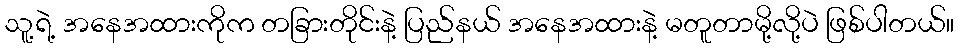
သူ့ရဲ့ အနေအထားကိုက တခြားတိုင်းနဲ့ ပြည်နယ် အနေအထားနဲ့ မတူတာမို့လို့ပဲ ဖြစ်ပါတယ်။